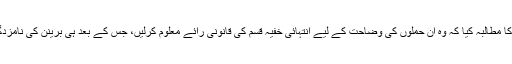
قائمہ کمیٹی برائے انٹیلی جنس سے متعلق سینیٹرز نے اس بات کا مطالبہ کیا کہ وہ اِن حملوں کی وضاحت کے لیے انتہائی خفیہ قسم کی قانونی رائے معلوم کرلیں، جس کے بعد ہی برینن کی نامزدگی کا معاملہ سینیٹ کے مکمل ایوان کے سامنے پیش کیا جائے۔